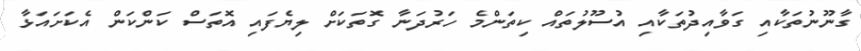
ގާނޫނުތަކާއި ގަވާއިދުތަކާއި އުސޫލުތައް ކިތަންމެ ހަރުދަނާ ގޮތަކަށް ލިޔެފައި އޮތަސް ކަންކަން އެކަށައަޅާ